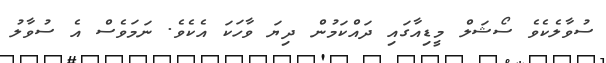
ސުވާލެކެވެ ސޯޝަލް މީޑިއާގައި ދައްކަމުން ދިޔަ ވާހަކަ އެކެވެ. ނަމަވެސް އެ ސުވާލު